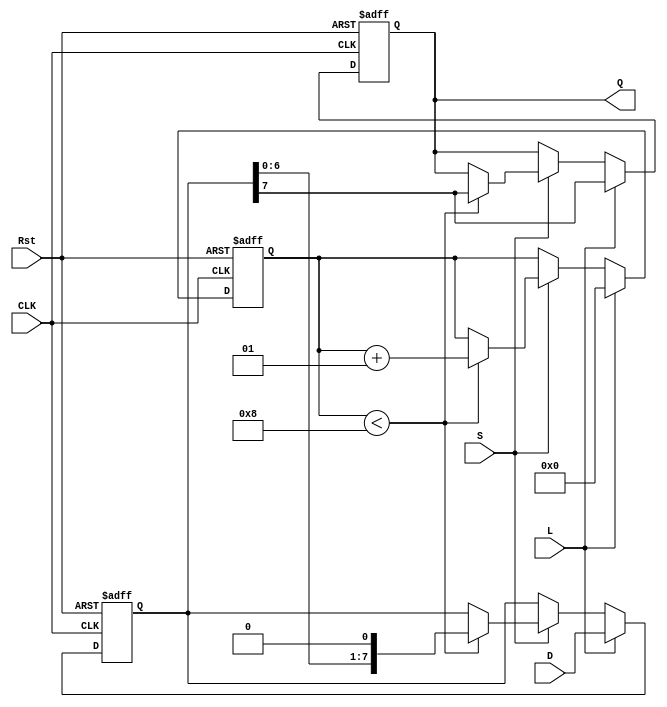
module PISO_Register #(
    parameter WIDTH = 8  // Define the width of the register
)(
    input wire [WIDTH-1:0] D,    // Parallel data inputs
    input wire L,                 // Load control signal
    input wire S,                 // Shift control signal
    input wire CLK,               // Clock signal
    input wire Rst,               // Asynchronous reset signal
    output reg Q                 // Serial output
);

reg [WIDTH-1:0] R;               // Shift register to hold data
integer shift_count;             // Counter for tracking shifts

always @(posedge CLK or posedge Rst) begin
    if (Rst) begin
        R <= {WIDTH{1'b0}};       // Clear the shift register
        Q <= 1'b0;                // Clear the output
        shift_count <= 0;         // Reset shift counter
    end else begin
        if (L) begin
            R <= D;               // Load parallel data into shift register
            Q <= R[WIDTH-1];      // Output the MSB
            shift_count <= 0;      // Reset shift counter
        end else if (S) begin
            if (shift_count < WIDTH) begin
                Q <= R[WIDTH-1];    // Output the MSB
                R <= {R[WIDTH-2:0], 1'b0}; // Shift right (can be modified for left shift)
                shift_count <= shift_count + 1; // Increment shift counter
            end
        end
    end
end

endmodule